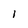
Character: l